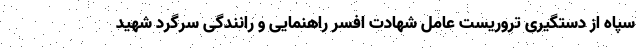
سپاه از دستگیری تروریست عامل شهادت افسر راهنمایی و رانندگی سرگرد شهید